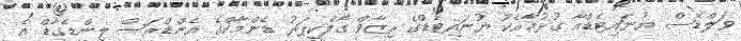
ވަލްޑޭސް ޔުނައިޓެޑްއާ ގުޅުމާއެކު ޔުނައިޓެޑްގެ ރިޒާވް ގޯލްކީޕަރު ޑެންމާކްގެ އެންޑްރަސް ލިންޑެގާޑް އެ